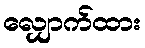
လျှောက်ထား